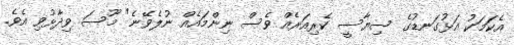
އެކަމަކު އަޅުގަނޑުގެ ސިޔާސީ ކެރިއަރެއް ވެސް ނިންމައެއް ނުލެވޭނެ" މޫސަ ވިދާޅުވި އެވެ.